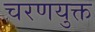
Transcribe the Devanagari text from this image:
चरणयुक्त